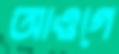
আওগে